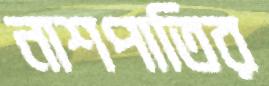
নাশপাতির